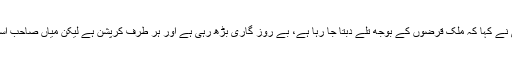
چیرمین پیپلز پارٹی نے کہا کہ ملک قرضوں کے بوجھ تلے دبتا جا رہا ہے، بے روز گاری بڑھ رہی ہے اور ہر طرف کرپشن ہے لیکن میاں صاحب اسے ترقی کہتے ہیں۔